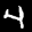
Label: 4